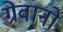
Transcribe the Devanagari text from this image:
ग्रेवानो